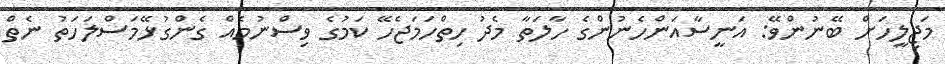
މަޖިލީހަށް ބޭނުންވޭ: އަނީސާއަންހެނުންގެ ހާލަތާ މެދު ހިތްހަމަޖެހޭ ކަމުގެ ވިސްނުމެއް ގެންގުޅޭމަސްލަހަތު ނެތް